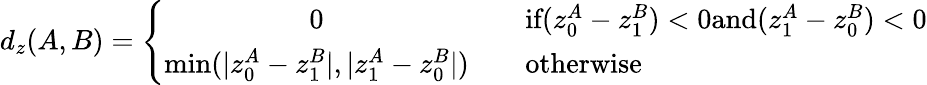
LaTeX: d_{z}(A,B)=\left\{ \begin{array}{cl}{0}&{\quad\textrm{if}(z_{0}^{A}-z_{1}^{B})<0\textrm{and}(z_{1}^{A}-z_{0}^{B})<0}\\ {\operatorname*{min}(|z_{0}^{A}-z_{1}^{B}|,|z_{1}^{A}-z_{0}^{B}|)}&{\quad\textrm{otherwise}}\end{array}\right.